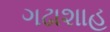
ગઢાશાહ